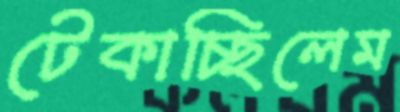
টেকাচ্ছিলেম